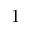
1